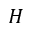
H